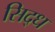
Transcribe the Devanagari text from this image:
सिद्‌ध